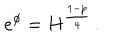
LaTeX: e ^ { \phi } = H ^ { \frac { 1 - p } { 4 } } \, .